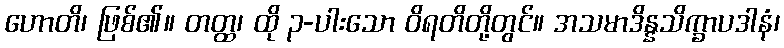
ဟောတိ၊ ဖြစ်၏။ တတ္ထ၊ ထို ၃-ပါးသော ဝိရတိတို့တွင်။ အသမာဒိန္နသိက္ခာပဒါနံ၊